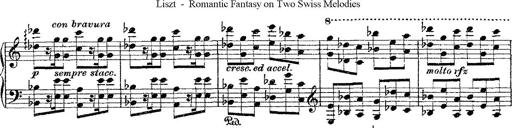
Title: Fantaisie romantique sur deux mÃ©lodies suisses
Composer: Franz Liszt